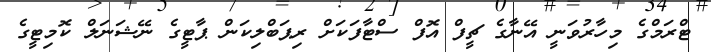
ޓްރަމްގެ މިހާރުވަނީ އޭނާގެ ޗީފް އޮފް ސްޓާފަކަށް ރިޕަބްލިކަން ޕާޓީގެ ނޭޝަނަލް ކޮމިޓީގެ